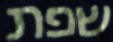
שפת